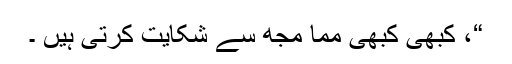
“، کبھی کبھی مما مجھ سے شکایت کرتی ہیں ۔